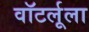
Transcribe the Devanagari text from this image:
वॉटर्लूला